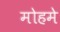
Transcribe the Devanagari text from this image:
मोहमे